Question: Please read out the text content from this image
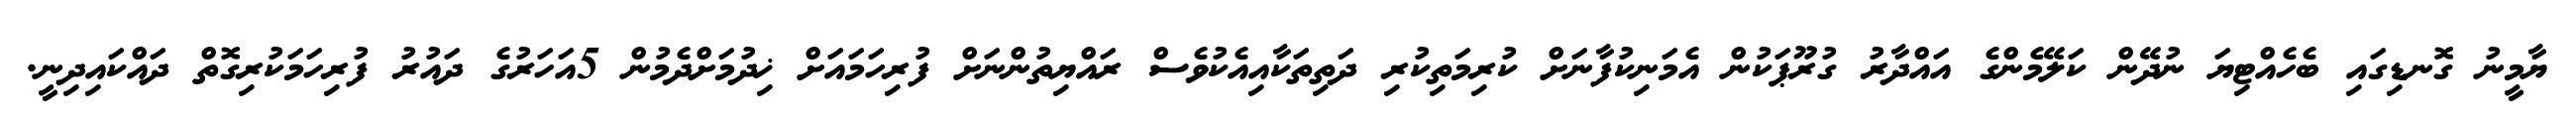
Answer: ޔާމީނު ގޮނޑިގައި ބެހެއްޓިޔަ ނުދޭން ކަލޭމެންގެ އައްދާރު ގުރޫޕަކުން އެމަނިކުފާނަށް ކުރިމަތިކުރި ދަތިތަކާއިއެކުވެސް ރައްޔިތުންނަށް ފުރިހަމައަށް ޚިދުމަށްދެމުން 5އަހަރުގެ ދައުރު ފުރިހަމަކުރިގޮތް ދައްކައިދިނީ.